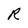
Character: R